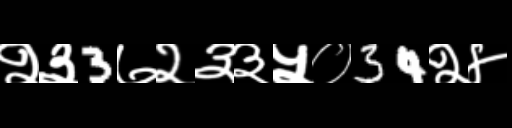
Text: २३3७२३३५०34२४